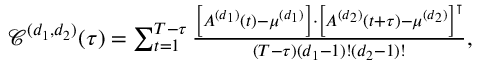
\begin{array} { r } { \footnotesize \mathscr { C } ^ { ( d _ { 1 } , d _ { 2 } ) } ( \tau ) = \sum _ { t = 1 } ^ { T - \tau } \frac { \left[ A ^ { ( d _ { 1 } ) } ( t ) - \mu ^ { ( d _ { 1 } ) } \right] \cdot \left[ A ^ { ( d _ { 2 } ) } ( t + \tau ) - \mu ^ { ( d _ { 2 } ) } \right] ^ { \intercal } } { ( T - \tau ) ( d _ { 1 } - 1 ) ! ( d _ { 2 } - 1 ) ! } , } \end{array}